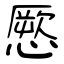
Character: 憠